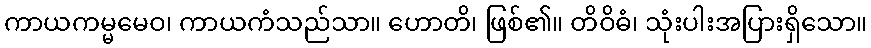
ကာယကမ္မမေဝ၊ ကာယကံသည်သာ။ ဟောတိ၊ ဖြစ်၏။ တိဝိဓံ၊ သုံးပါးအပြားရှိသော။